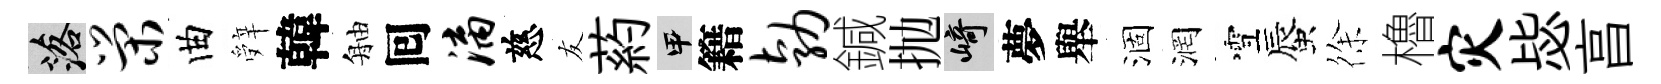
落荣曲辤韓舳囘漓慈友葯甲籍勃鍼抛崎夢舉涸润雪蜃徐櫓灾毖亯